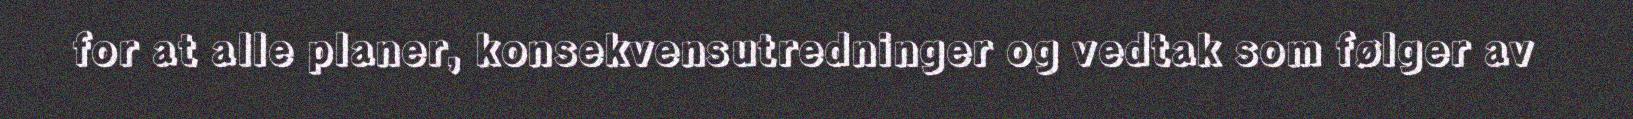
for at alle planer, konsekvensutredninger og vedtak som følger av